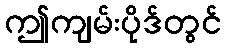
ဤကျမ်းပိုဒ်တွင်